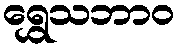
ရွှေသဘာဝ